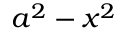
a ^ { 2 } - x ^ { 2 }